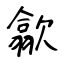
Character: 歙